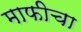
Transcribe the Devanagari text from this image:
माफीचा